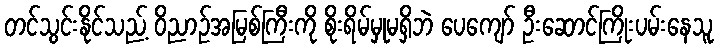
တင်သွင်းနိုင်သည့် ဝိညာဉ်အမြစ်ကြီးကို စိုးရိမ်မှုမရှိဘဲ ပေကျော် ဦးဆောင်ကြိုးပမ်းနေသူ